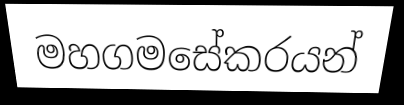
මහගමසේකරයන්